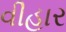
વીહાર